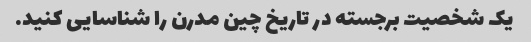
یک شخصیت برجسته در تاریخ چین مدرن را شناسایی کنید.